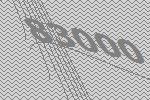
83000